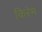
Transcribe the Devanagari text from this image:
किरेम